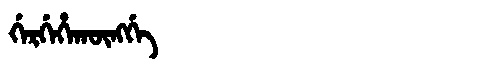
Manchu: ᡤᡝᡵᡤᡝᡥᠠᡴᡡᠩᡤᡝ
Romanization: GERGEHAKŪNGGE